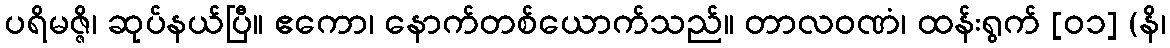
ပရိမဇ္ဇိ၊ ဆုပ်နယ်ပြီ။ ဧကော၊ နောက်တစ်ယောက်သည်။ တာလဝဏံ၊ ထန်းရွက် [၀၁] (နိ၊